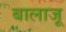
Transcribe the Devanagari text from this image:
बालाजू